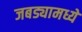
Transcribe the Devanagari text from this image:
जबड्यामध्ये